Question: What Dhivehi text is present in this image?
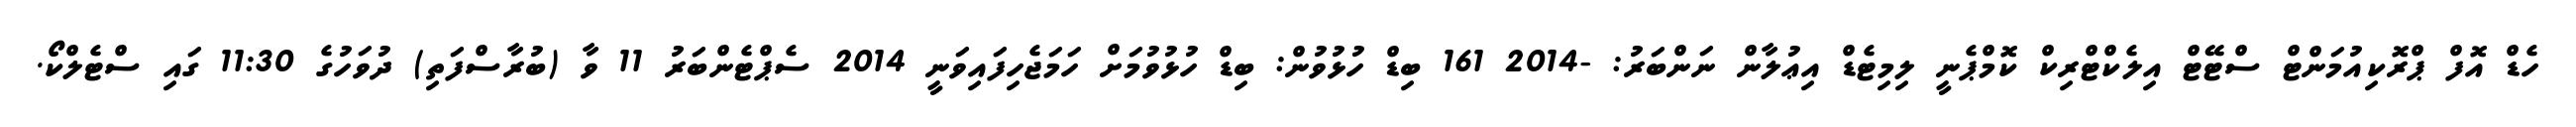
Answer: ހެޑް އޮފް ޕްރޮކިއުމަންޓް ސްޓޭޓް އިލެކްޓްރިކް ކޮމްޕެނީ ލިމިޓެޑް އިޢުލާން ނަންބަރު: -2014 161 ބިޑް ހުޅުވުން: ބިޑް ހުޅުވުމަށް ހަމަޖެހިފައިވަނީ 2014 ސެޕްޓެންބަރު 11 ވާ (ބުރާސްފަތި) ދުވަހުގެ 11:30 ގައި ސްޓެލްކޯ.